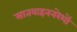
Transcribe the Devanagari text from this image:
सातवाहननरेशों